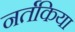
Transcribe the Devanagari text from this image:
नर्तकिया